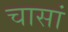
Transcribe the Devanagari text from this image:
चासां